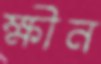
ক্ষীন